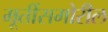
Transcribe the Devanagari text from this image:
मूर्तीसमोरील